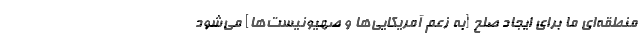
منطقه‌ای ما برای ایجاد صلح [به زعم آمریکایی‌ها و صهیونیست‌ها] می‌شود